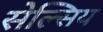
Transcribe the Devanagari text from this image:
सेल्सिय